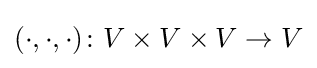
(\cdot ,\cdot ,\cdot )\colon V\times V\times V\to V